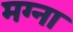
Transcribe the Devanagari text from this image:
मग्ना